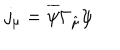
LaTeX: j _ { \mu } = \overline { { \psi } } \Gamma _ { \hat { \mu } } \psi